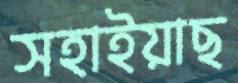
সহাইয়াছ